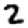
Digit: 2